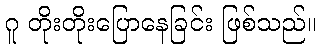
ဂူ တိုးတိုးပြောနေခြင်း ဖြစ်သည်။